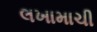
લખામાચી